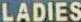
LADIES